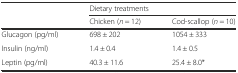
<table><thead><tr><td></td><td colspan="2"><b>Dietary treatments</b></td></tr><tr><td></td><td><b>Chicken (<i>n</i> = 12)</b></td><td><b>Cod-scallop (<i>n</i> = 10)</b></td></tr></thead><tbody><tr><td>Glucagon (pg/ml)</td><td>698 ± 202</td><td>1054 ± 333</td></tr><tr><td>Insulin (ng/ml)</td><td>1.4 ± 0.4</td><td>1.4 ± 0.5</td></tr><tr><td>Leptin (pg/ml)</td><td>40.3 ± 11.6</td><td>25.4 ± 8.0*</td></tr></tbody></table>